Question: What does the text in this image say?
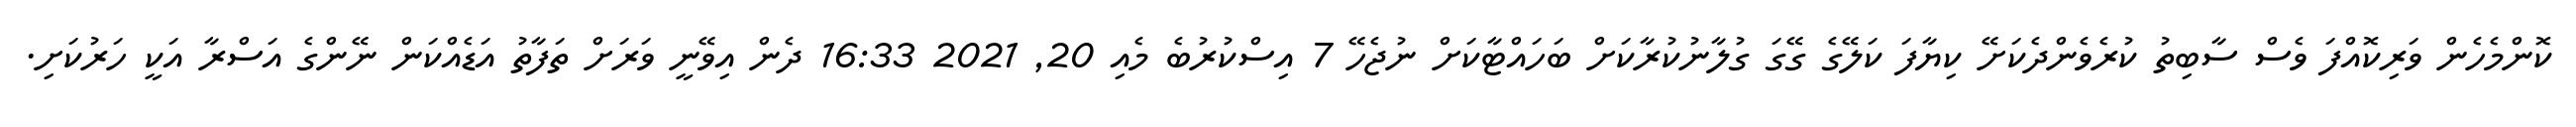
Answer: ކޮންމެހެން ވަރިކޮއްފަ ވެސް ސާބިތު ކުރެވެންދެކަށޭ ކިޔާފަ ކަލޭގެ ގޭގަ ގުލާނުކުރާކަށް ބަހައްޓާކަށް ނުޖެހޭ 7 އިސްކުރުބެ މެއި 20, 2021 16:33 ދެން އިވޭނީ ވަރަށް ތަފާތު އަޑެއްކަން ނޭންގެ އަސްރާ އަކީ ހަރުކަށި.